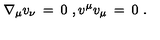
\nabla _ { \mu } v _ { \nu } \: = \: 0 \ , v ^ { \mu } v _ { \mu } \: = \: 0 \ .